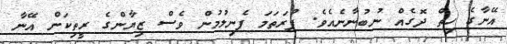
އޭނާގެ ހިތް ދޮގެއް ނުބުނާނެއެވެ. ފުރަތަމަ ފެނިލުމުން ވެސް ޒިޔާންގެ ރީތިކަން އޭނާ